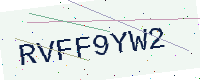
Text: RVFF9YW2